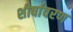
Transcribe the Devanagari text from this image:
शीर्षावरण